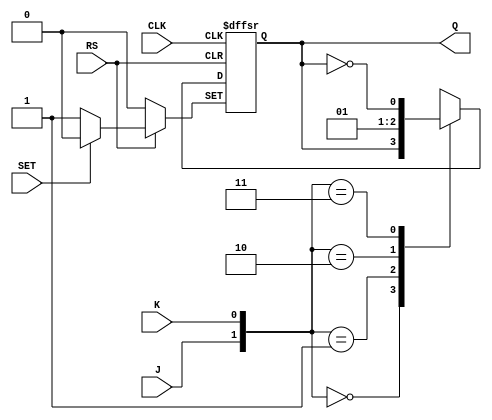
module JK_FF(CLK,J,K,Q,RS,SET);
input CLK,J,K,SET,RS;
output Q;
reg Q;

always @(posedge CLK or negedge RS or negedge SET)
begin
if(!RS)  	Q <= 1'b0;
else if(!SET) 	Q <= 1'b1;
else
   case({J,K})
2'b00 : 	Q <= Q;
2'b01 : 	Q <= 1'b0;
2'b10 : 	Q <= 1'b1;
2'b11 : 	Q <= ~Q;
default: 	Q<= 1'bx;
  endcase
end
endmodule